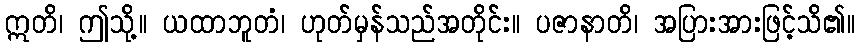
ဣတိ၊ ဤသို့။ ယထာဘူတံ၊ ဟုတ်မှန်သည်အတိုင်း။ ပဇာနာတိ၊ အပြားအားဖြင့်သိ၏။